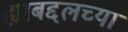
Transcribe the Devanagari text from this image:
ह्याबद्दलच्या